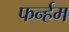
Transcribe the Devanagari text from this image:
फर्न्हम